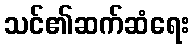
သင်၏ဆက်ဆံရေး